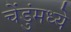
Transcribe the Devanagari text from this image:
चेंडुंमध्ये